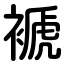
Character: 褫